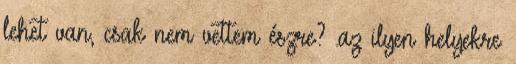
lehet van, csak nem vettem észre? .az ilyen helyekre